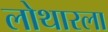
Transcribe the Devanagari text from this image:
लोथारला